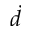
\dot { d }